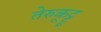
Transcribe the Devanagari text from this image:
तेरुकूट्टू